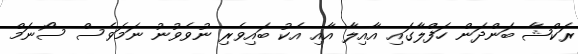
ރަކްޝާ ބަންދަން ހަފްލާގައި އާއިލާ އާއި އެކު ބައިވެރި ނުވެވުނު ނަމަވެސް ސޯނަމް